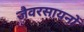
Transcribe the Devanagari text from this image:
जैवरसायनों